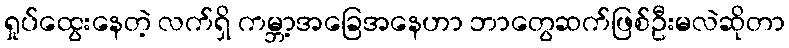
ရှုပ်ထွေးနေတဲ့ လက်ရှိ ကမ္ဘာ့အခြေအနေဟာ ဘာတွေဆက်ဖြစ်ဦးမလဲဆိုတာ